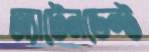
অ্যাটেনডেন্ট